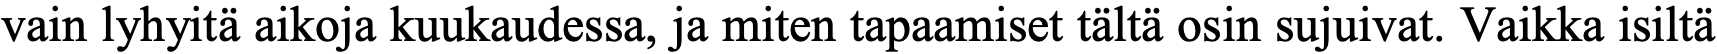
vain lyhyitä aikoja kuukaudessa, ja miten tapaamiset tältä osin sujuivat. Vaikka isiltä